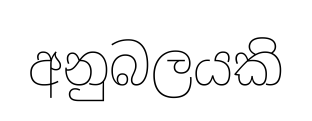
අනුබලයකි